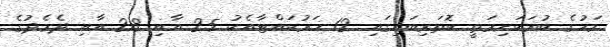
މަހުގެ ބުރަކަށިމަތީ ކޮަތަރިބައިގައި 12 ހަރުކައްޓާއެކު 25 އާއި 28 އާއި ދެމެދުގެ